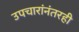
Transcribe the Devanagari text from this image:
उपचारांनंतरही